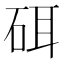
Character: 𰦳